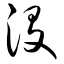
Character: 没